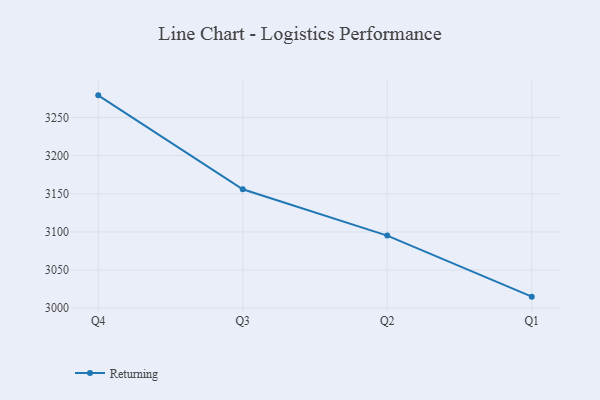
{"axis": {"x": "Quarter", "y": "Customer Acquisition Cost (USD)"}, "legend": ["Returning"], "data": [{"x": "Q4", "y": 3279.2, "type": "Returning"}, {"x": "Q3", "y": 3155.9, "type": "Returning"}, {"x": "Q2", "y": 3095.1, "type": "Returning"}, {"x": "Q1", "y": 3015.0, "type": "Returning"}]}